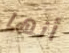
أنها